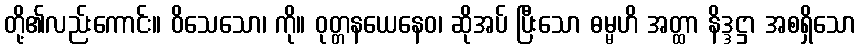
တို့၏လည်းကောင်း။ ဝိသေသော၊ ကို။ ဝုတ္တနယေနေဝ၊ ဆိုအပ် ပြီးသော ဓမ္မဟိ အတ္ထာ နိဒ္ဒဋ္ဌာ အစရှိသော